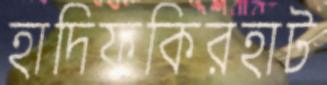
হাদিফকিরহাট